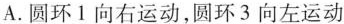
A.圆环1向右运动，圆环3向左运动